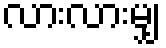
လားလားမျှ